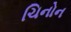
ચિનોન